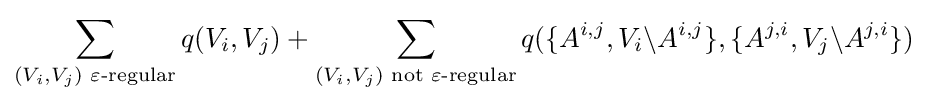
\sum _{(V_{i},V_{j}){\text{ }}\varepsilon {\text{-regular}}}q(V_{i},V_{j})+\sum _{(V_{i},V_{j}){\text{ not }}\varepsilon {\text{-regular}}}q(\{A^{i,j},V_{i}\backslash A^{i,j}\},\{A^{j,i},V_{j}\backslash A^{j,i}\})